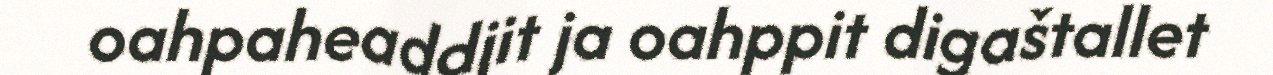
oahpaheaddjit ja oahppit digaštallet